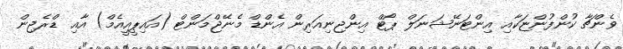
ވެންޗާ ކުންފުންޏަކާއި އިންޓަނޭޝަނަލް ޕޯޓް އިންޖިނިއަރިން އެންޑް މެނޭޖްމަންޓް (އައިޕީއީއެމް) އާއި ޑްރެޖިން